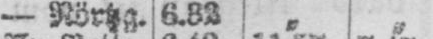
- Nörtzg. 6.32 „ „